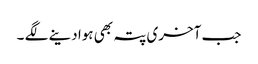
جب آخری پتہ بھی ہوا دینے لگے ۔